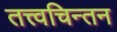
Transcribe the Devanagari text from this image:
तत्त्वचिन्तन